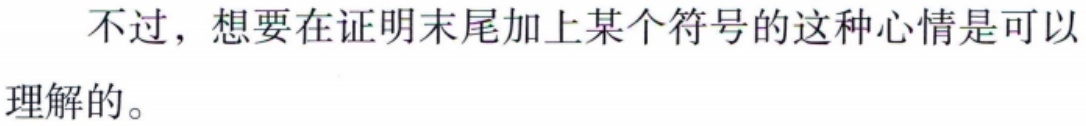
不过，想要在证明末尾加上某个符号的这种心情是可以理解的。